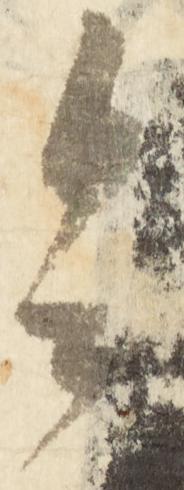
令